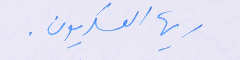
ايها العسكريون